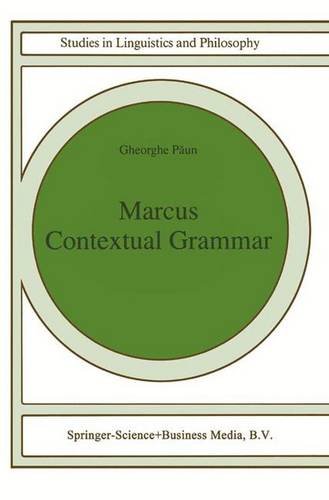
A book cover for Marcus Contextual Grammars (Studies in Linguistics and Philosophy); Gheorghe Paun; Computers & Technology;